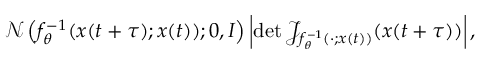
\begin{array} { r } { \textstyle \mathcal { N } \left( f _ { \theta } ^ { - 1 } ( x ( t + \tau ) ; x ( t ) ) ; 0 , I \right) \left| \mathrm { d e t } \, \mathcal { J } _ { f _ { \theta } ^ { - 1 } ( { } \cdot { } ; x ( t ) ) } ( x ( t + \tau ) ) \right| , } \end{array}